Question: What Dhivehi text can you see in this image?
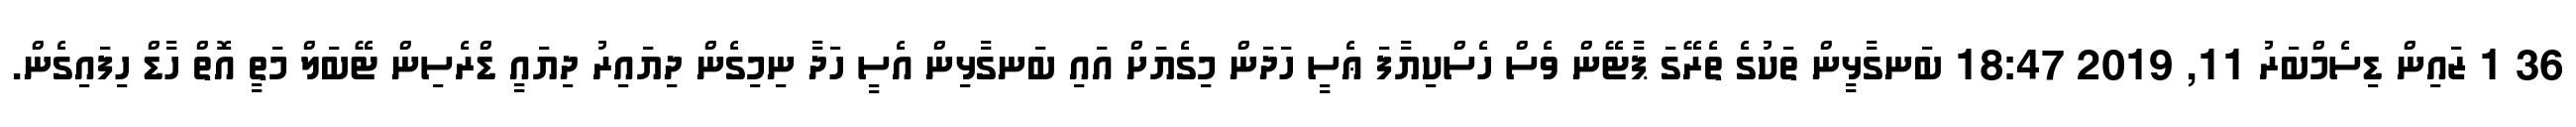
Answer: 36 1 ޒައިން ޑިސެމްބަރު 11, 2019 18:47 ބަނގާޅީން ތަކުގެ ތެރޭގަ ޕާޓޭން ވެސް ހެސްކިޔާފަ ޢެސީ ހަދަން މިގެޔަށް އައި ބަނގާޅިން އެސީ ހަދާ ނިމިގެން ދިޔައިރު ދިޔައީ ޑްރެސިން ޓޭބަލް މަތީ އޮތް ހާޑް ހިފައިގެން.